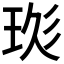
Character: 𤥍